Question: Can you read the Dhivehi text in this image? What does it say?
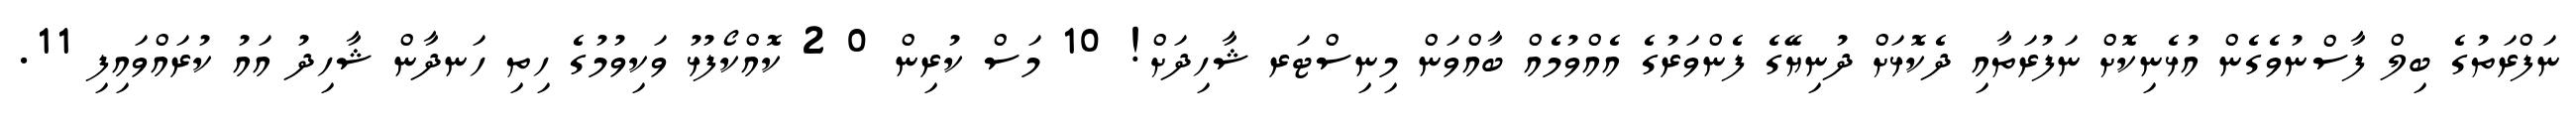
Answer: ނަފްރަތުގެ ބިލް ފާސްނުވެގެން އުޅެނިކޮށް ނަފުރަތާއި ދެކޮޅަށް ދުނިޔޭގެ ފެންވަރުގެ އެއްވުމެއް ބާއްވަން މިނިސްޓަރ ޝާހިދަށް! 10 މަސް ކުރިން 0 2 ކޮއްކޯފުޅު ވަކިވުމުގެ ހިތި ހަނދާން ޝާހިދު އައު ކުރައްވައިފި 11.